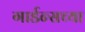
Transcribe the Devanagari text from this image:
गार्डन्सच्या